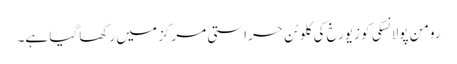
رومن پولانسکی کو زیورخ کی کلوٹن حراستی مرکز میں رکھا گیا ہے۔